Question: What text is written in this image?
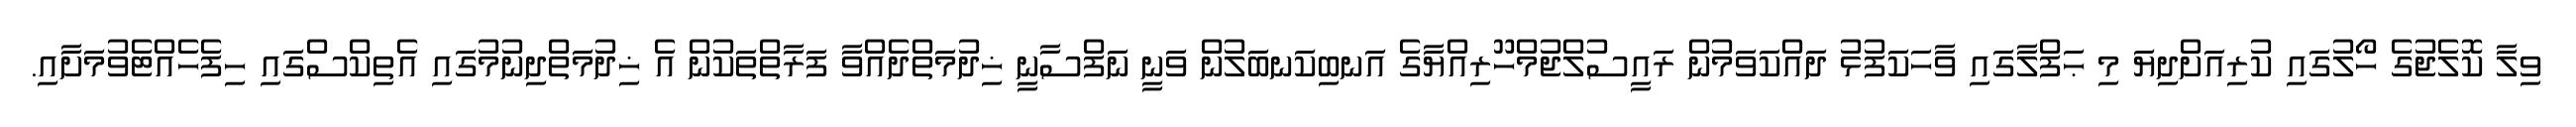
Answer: ވިލާ ކޮލެޖުގެ ހޯލުގައި ކުރިއަށްދިޔަ މި ޙަފްލާގައި ވާހަކަފުޅު ދައްކަވަމުން ރައީސުލްޖުމްހޫރިއްޔާގެ އަނބިކަނބަލުން ވަނީ ނަފްސާނީ ޚިދުމަތްދެއްވާ ފަރާތްތަކުން އެ ޚިދުމަތްދިނުމުގައި އެތިކްސްގައި ހިފެހެއްޓެވުމަށާއި.